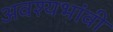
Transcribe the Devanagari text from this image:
अवश्यभांवी